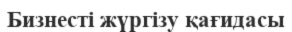
Бизнесті жүргізу қағидасы